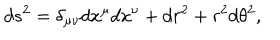
d s ^ { 2 } = \delta _ { \mu \nu } d x ^ { \mu } d x ^ { \nu } + d r ^ { 2 } + r ^ { 2 } d \theta ^ { 2 } ,